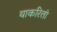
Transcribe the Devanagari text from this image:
याकरितां